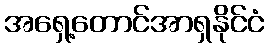
အရှေ့တောင်အာရှနိုင်ငံ